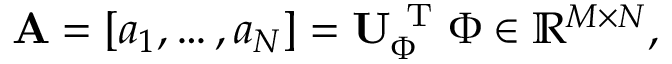
{ \bf A } = [ a _ { 1 } , \ldots , a _ { N } ] = { \bf U } _ { \Phi } ^ { \mathrm { ~ T ~ } } { \Phi } \in \mathbb { R } ^ { M \times N } ,